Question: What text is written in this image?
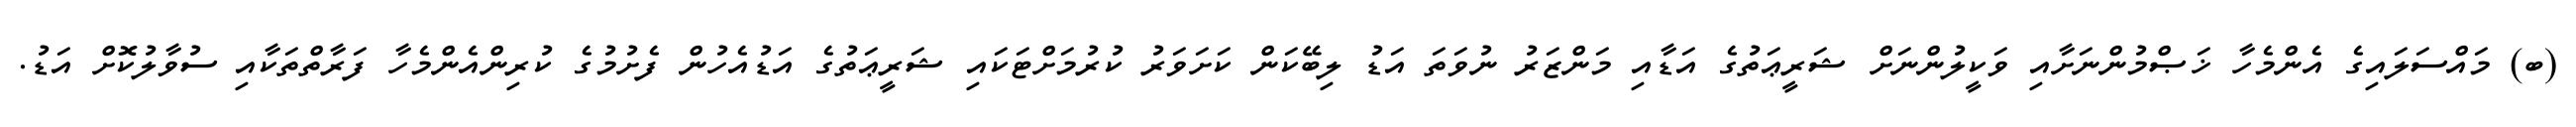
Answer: (ބ) މައްސަލައިގެ އެންމެހާ ޚަޞްމުންނަށާއި ވަކީލުންނަށް ޝަރީޢަތުގެ އަޑާއި މަންޒަރު ނުވަތަ އަޑު ލިބޭކަން ކަށަވަރު ކުރުމަށްޓަކައި ޝަރީޢަތުގެ އަޑުއެހުން ފެށުމުގެ ކުރިންއެންމެހާ ފަރާތްތަކާއި ސުވާލުކޮށް އަޑު.